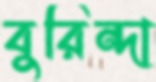
বুরিন্দা